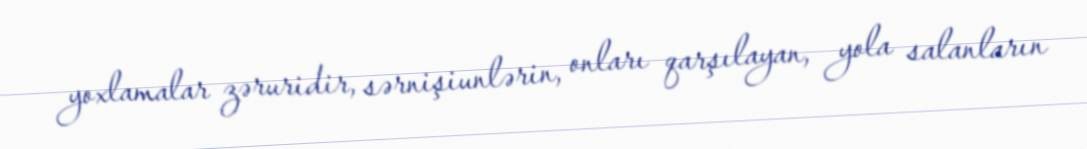
yoxlamalar zəruridir, sərnişiunlərin, onları qarşılayan, yola salanların